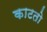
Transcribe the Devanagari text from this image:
काटतो